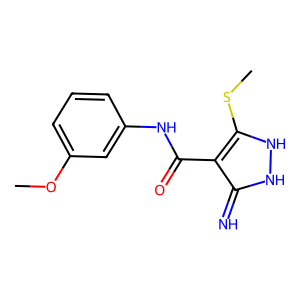
SMILES: COc1cccc(NC(=O)c2c(SC)[nH][nH]c2=N)c1
Inhibits HIV replication: No